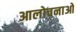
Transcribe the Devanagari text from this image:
आलोचनाओ